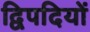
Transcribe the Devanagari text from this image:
द्विपदियों